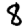
Digit: 8